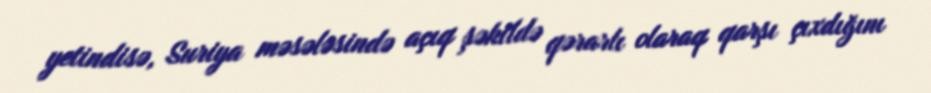
yetindisə, Suriya məsələsində açıq şəkildə qərarlı olaraq qarşı çıxdığını